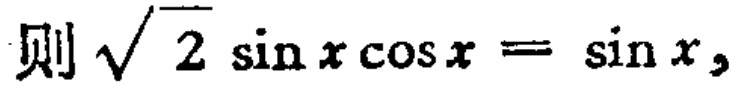
则\(\sqrt{2} \sin x\cos x = \sin x\)，